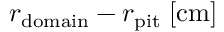
r _ { \mathrm { d o m a i n } } - r _ { \mathrm { p i t } } \; [ \mathrm { c m } ]